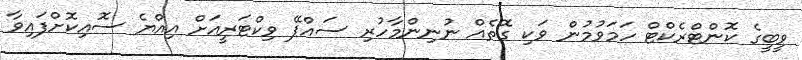
ވީބީގެ ކޮންޓްރެކްޓް ހަމަވުމުން ވަކި ގޮތެއް ނުނިންމާހުރި ސައްޕޭ ވިކްޓަރީއަށް އިއްޔެ ސޮއިކޮށްފައިވާ